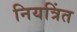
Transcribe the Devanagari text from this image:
नियत्रिंत